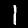
Label: 1